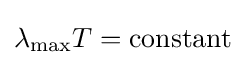
\lambda _{\mathrm {max} }T=\mathrm {constant}